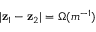
| \mathbf { z } _ { 1 } - \mathbf { z } _ { 2 } | = \Omega ( m ^ { - 1 } )